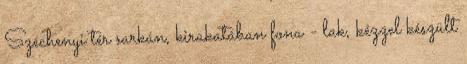
Széchenyi tér sarkán, kirakatában fona - lak, kézzel készült